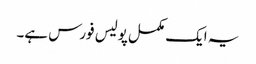
یہ ایک مکمل پولیس فورس ہے۔